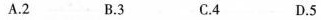
A.2 B.3 C.4 D.5